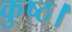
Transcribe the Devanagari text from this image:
कुष्ठ।